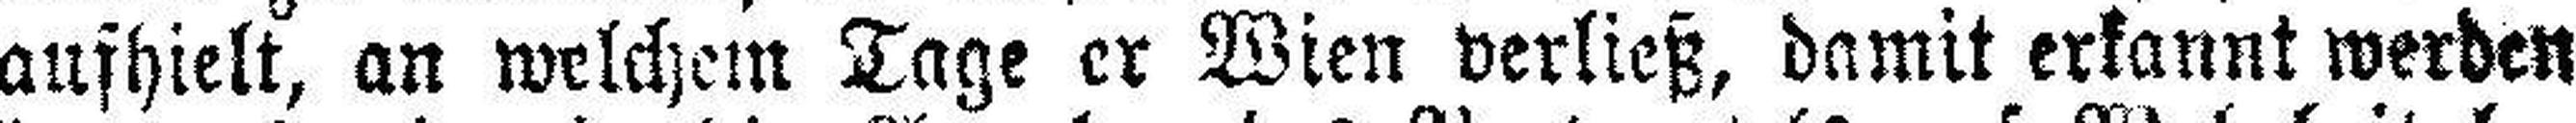
aufhielt, an welchem Tage er Wien verließ, damit erkannt werden